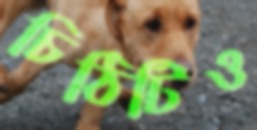
চিঠিটিও